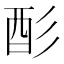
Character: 𫹉